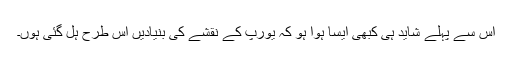
اس سے پہلے شاید ہی کبھی ایسا ہوا ہو کہ یورپ کے نقشے کی بنیادیں اس طرح ہل گئی ہوں۔